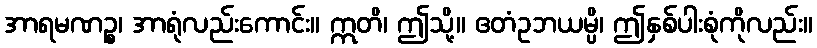
အာရမဏဉ္စ၊ အာရုံလည်းကောင်း။ ဣတိ၊ ဤသို့။ ဧတံဥဘယမ္ပိ၊ ဤနှစ်ပါးစုံကိုလည်း။